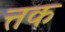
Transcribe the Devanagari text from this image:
त्तक